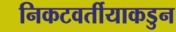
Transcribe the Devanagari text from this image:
निकटवर्तीयाकडुन